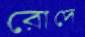
রোদে